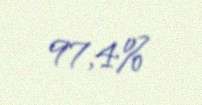
97,4%